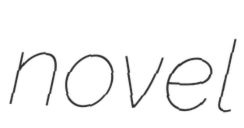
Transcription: novel